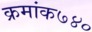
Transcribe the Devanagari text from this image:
क्रमांक७४०